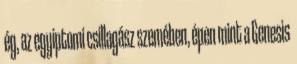
ég, az egyiptomi csillagász szemében, épen mint a Genesis